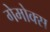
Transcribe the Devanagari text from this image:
गेमोक्स